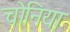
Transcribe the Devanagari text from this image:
चोनिया